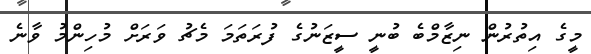
މީގެ އިތުރުން ނިޒާމްބެ ބުނީ ސީޒަނުގެ ފުރަތަމަ މެޗު ވަރަށް މުހިންމު ވާނެ